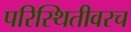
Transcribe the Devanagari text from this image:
परिस्थितीवरच